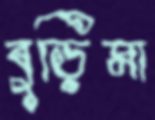
বুড়িমা